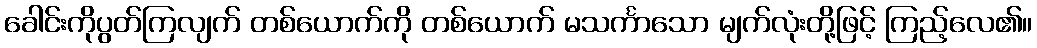
ခေါင်းကိုပွတ်ကြလျက် တစ်ယောက်ကို တစ်ယောက် မသင်္ကာသော မျက်လုံးတို့ဖြင့် ကြည့်လေ၏။